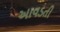
આવડતી